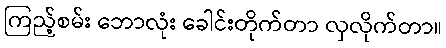
ကြည့်စမ်း ဘောလုံး ခေါင်းတိုက်တာ လှလိုက်တာ။